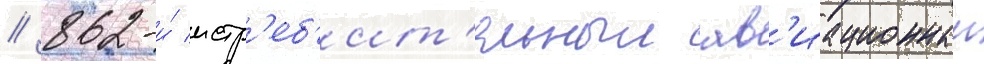
// 862-и́ истр'еб'ит'ельныи ав'иационныи